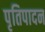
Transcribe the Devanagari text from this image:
पृतिपादन